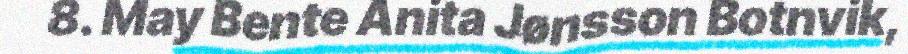
8. May Bente Anita Jønsson Botnvik,